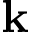
\mathbf { k }